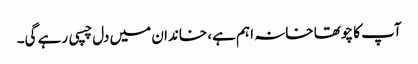
آپ کا چوتھا خانہ اہم ہے، خاندان میں دل چسپی رہے گی۔